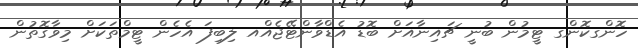
ހޮންގކޮންގ ޓީމުން ބުނީ ޗައިނާއަށް ބޮޑު އެޑްވާންޓޭޖެއްއ ލިބިފަ އެހެން ޓީމްތަކަށް މިވާގޮތުން